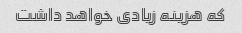
که هزینه زیادی خواهد داشت